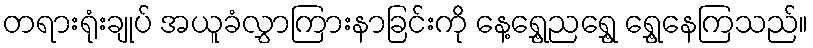
တရားရုံးချုပ် အယူခံလွှာကြားနာခြင်းကို နေ့ရွှေ့ညရွှေ့ ရွှေ့နေကြသည်။